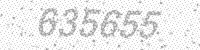
Solution: 635655